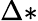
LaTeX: \Delta*